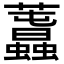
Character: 𧅪